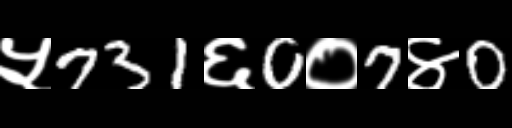
Text: ५731६0०7४0